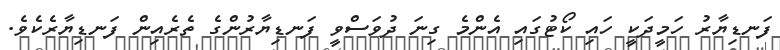
ފަނޑިޔާރު ހަމީދަކީ ހައި ކޯޓުގައި އެންމެ ގިނަ ދުވަސްވީ ފަނޑިޔާރުންގެ ތެރެއިން ފަނޑިޔާރެކެވެ.